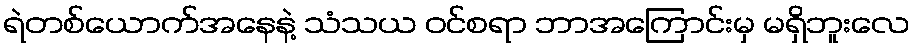
ရဲတစ်ယောက်အနေနဲ့ သံသယ ဝင်စရာ ဘာအကြောင်းမှ မရှိဘူးလေ